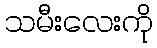
သမီးလေးကို